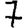
Digit: 7